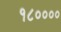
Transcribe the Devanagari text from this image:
१८००००